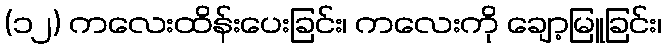
(၁၂) ကလေးထိန်းပေးခြင်း၊ ကလေးကို ချော့မြူခြင်း၊